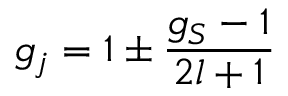
g _ { j } = 1 \pm { \frac { g _ { S } - 1 } { 2 l + 1 } }